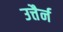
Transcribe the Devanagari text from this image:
उत्तैर्न